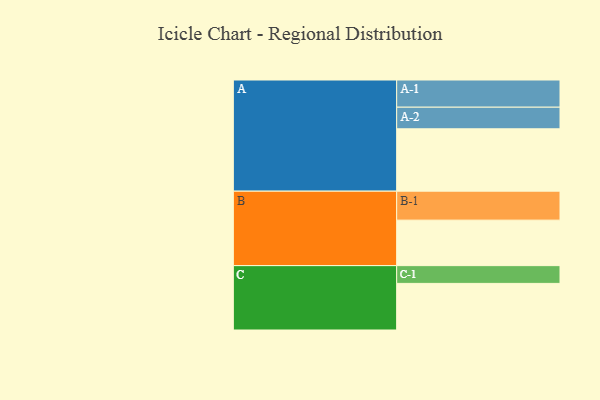
{"axis": {"x": "Segment", "y": "Value"}, "legend": ["", "A", "B", "C"], "data": [{"x": "A", "y": 569, "type": ""}, {"x": "B", "y": 415, "type": ""}, {"x": "C", "y": 425, "type": ""}, {"x": "A-1", "y": 248, "type": "A"}, {"x": "A-2", "y": 197, "type": "A"}, {"x": "B-1", "y": 264, "type": "B"}, {"x": "C-1", "y": 162, "type": "C"}]}